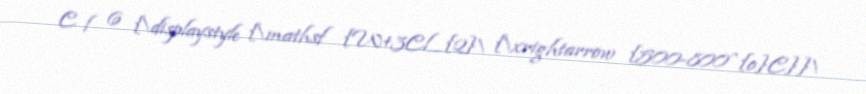
C l 6 {\displaystyle {\mathsf {W+3Cl_{2}\ {\xrightarrow {500-800^{o}C}}\